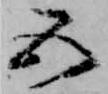
五